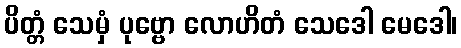
ပိတ္တံ သေမှံ ပုဗ္ဗော လောဟိတံ သေဒေါ မေဒေါ၊